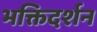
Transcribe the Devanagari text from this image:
भक्तिदर्शन